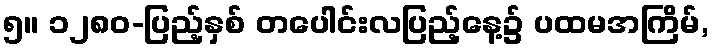
၅။ ၁၂၈၀-ပြည့်နှစ် တပေါင်းလပြည့်နေ့၌ ပထမအကြိမ်,